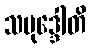
သမုဒ္ဒေါတိ